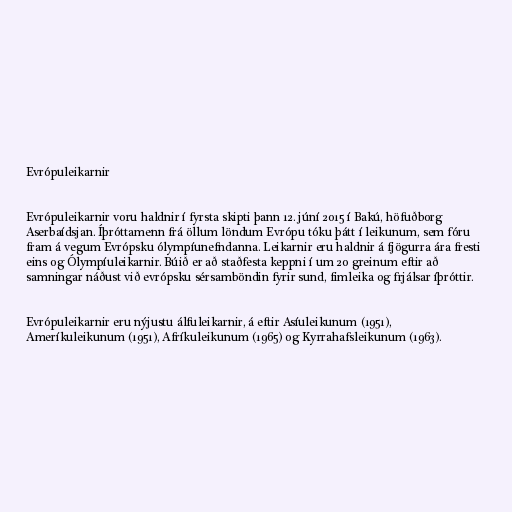
Evrópuleikarnir

Evrópuleikarnir voru haldnir í fyrsta skipti þann 12. júní 2015 í Bakú, höfuðborg
Aserbaídsjan. Íþróttamenn frá öllum löndum Evrópu tóku þátt í leikunum, sem fóru
fram á vegum Evrópsku ólympíunefndanna. Leikarnir eru haldnir á fjögurra ára fresti
eins og Ólympíuleikarnir. Búið er að staðfesta keppni í um 20 greinum eftir að
samningar náðust við evrópsku sérsamböndin fyrir sund, fimleika og frjálsar íþróttir.

Evrópuleikarnir eru nýjustu álfuleikarnir, á eftir Asíuleikunum (1951),
Ameríkuleikunum (1951), Afríkuleikunum (1965) og Kyrrahafsleikunum (1963).